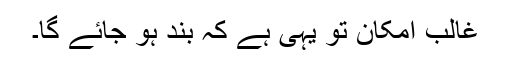
غالب امکان تو یہی ہے کہ بند ہو جائے گا۔